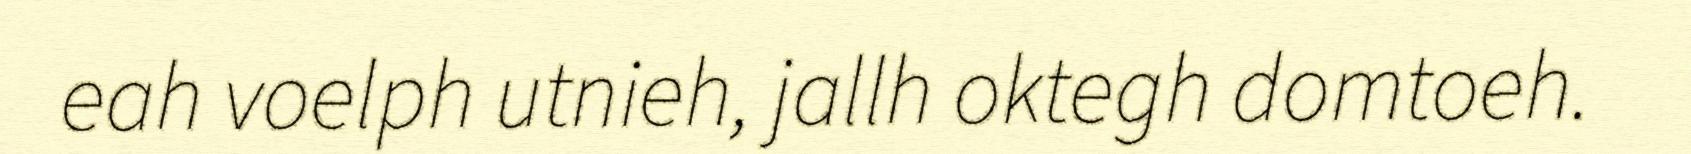
eah voelph utnieh, jallh oktegh domtoeh.